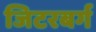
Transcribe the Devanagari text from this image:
जिटरबर्ग